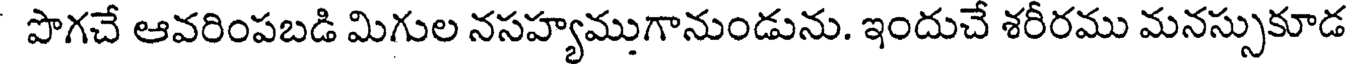
పొగచే ఆవరింపబడి మిగుల నసహ్యముగానుండును. ఇందుచే శరీరము మనస్సుకూడ